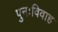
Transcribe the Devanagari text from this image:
पुनःविवाह